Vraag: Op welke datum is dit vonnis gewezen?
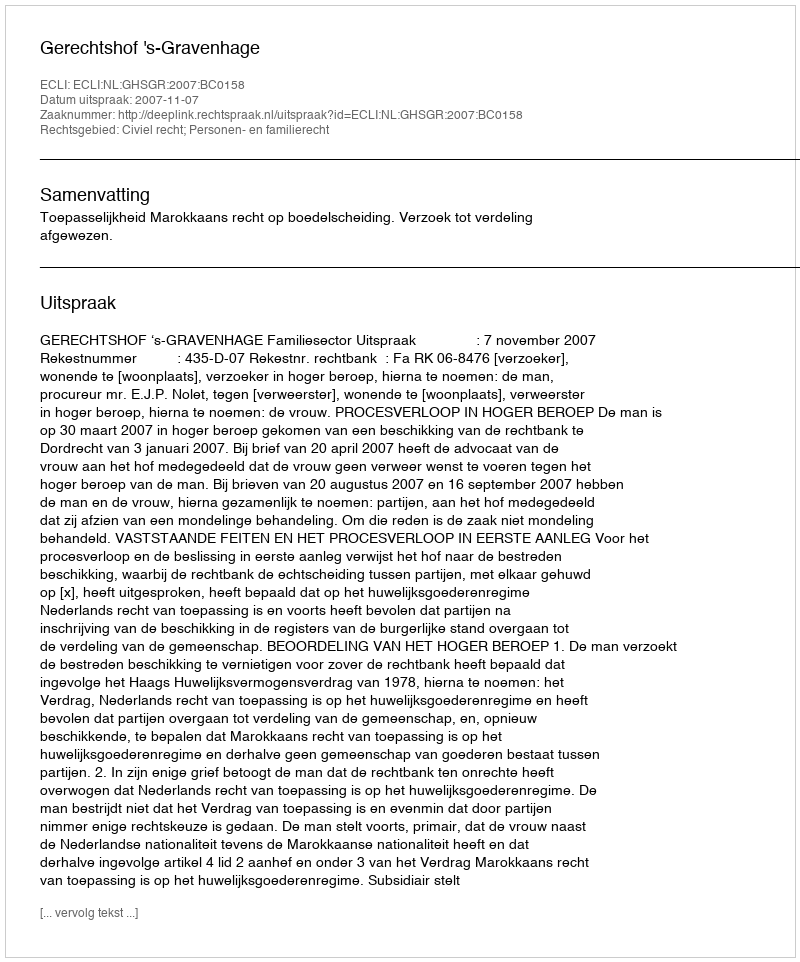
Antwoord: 2007-11-07